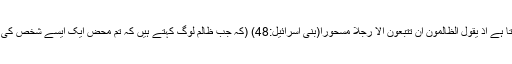
’’آپؑ فرماتے ہیں کہ ‘‘خدا تعالیٰ فرماتا ہے اِذْ یَقُوْلُ الظَّالِمُوْنَ اِنْ تَتَّبِعُوْنَ اِلَّا رَجُلًا مَّسْحُوْرًا(بنی اسرائیل:48) (کہ جب ظالم لوگ کہتے ہیں کہ تم محض ایک ایسے شخص کی پیروی کر رہے ہو جو سحر زدہ ہے۔